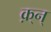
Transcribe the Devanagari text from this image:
क़्न्